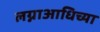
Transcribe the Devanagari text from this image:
लग्नाआधिच्या